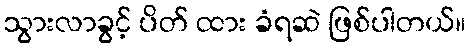
သွားလာခွင့် ပိတ် ထား ခံရဆဲ ဖြစ်ပါတယ်။